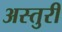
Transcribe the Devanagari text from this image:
अस्तुरी